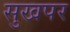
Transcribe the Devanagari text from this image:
सुखपर